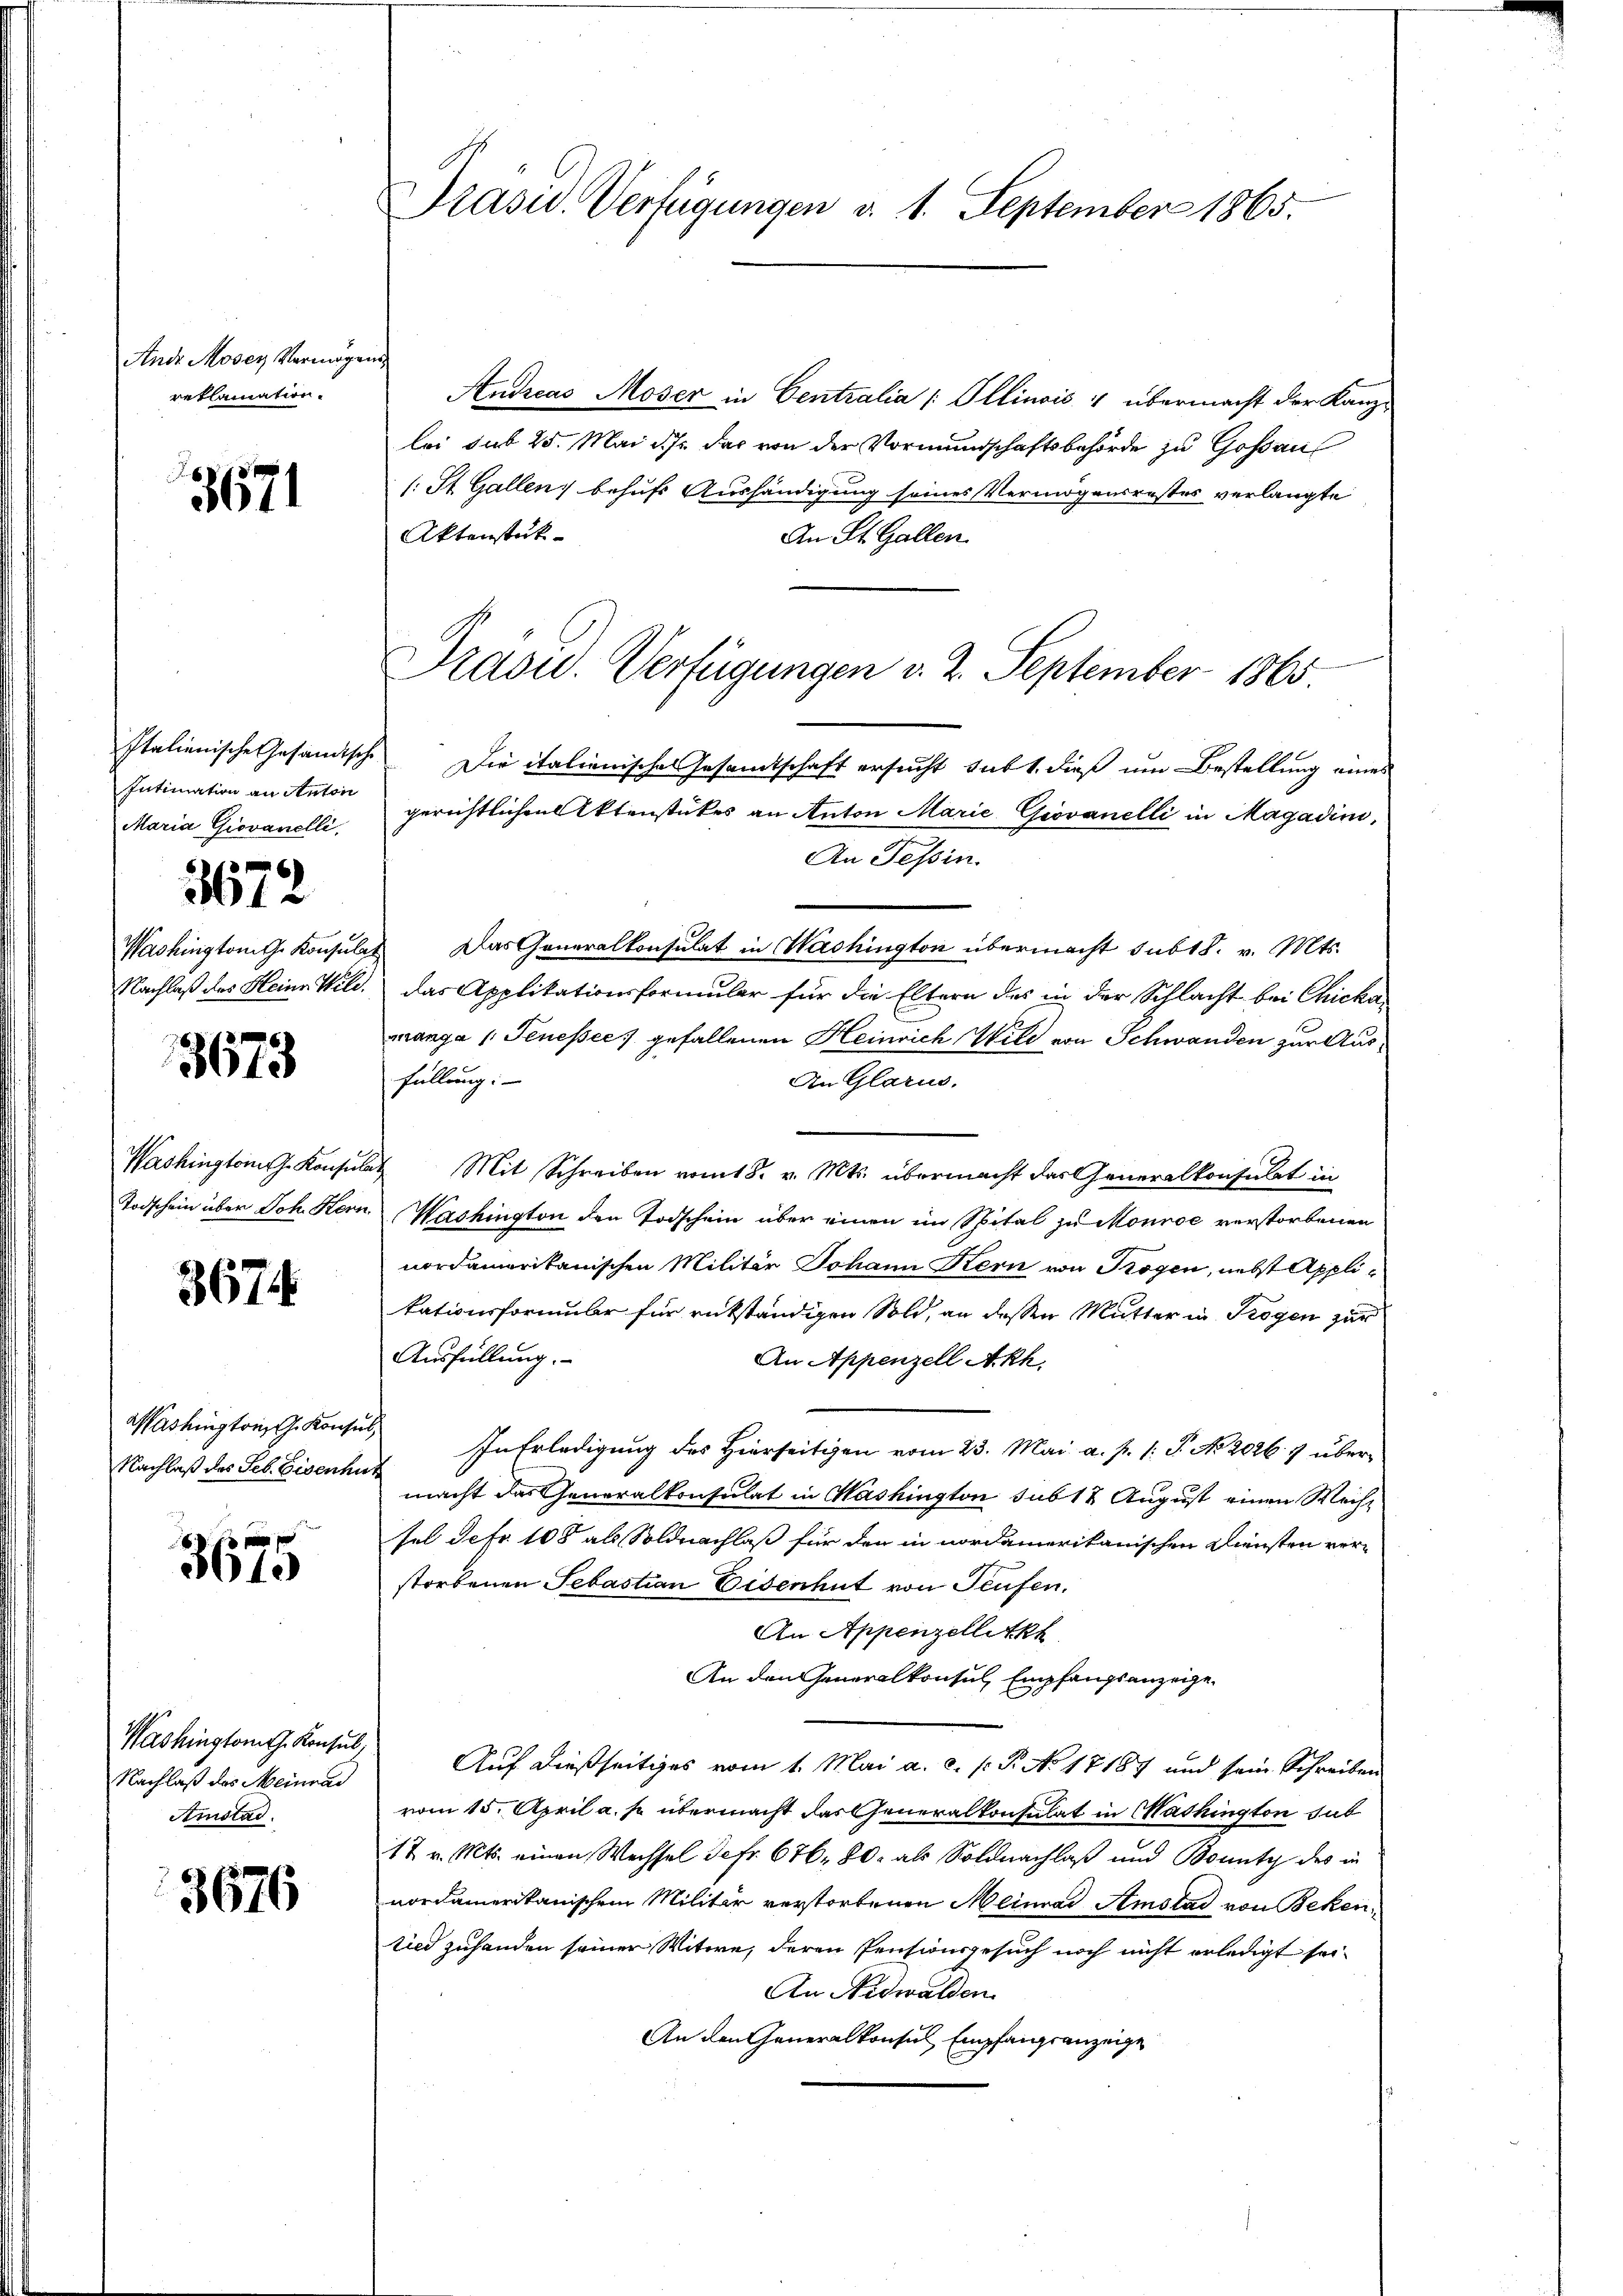
Ande Moser Vermögen
reklamation.

3671

Italienische Gesandtsche
Intimation an Anton
Maria Giovanelli,

3672

Washingtont. Konsula
Nachlaß des Heine Wile.

3673

Washington G. Konsul
Todschein über Joh. Hern

3674

Washington Konsin
Nachlaß des Seb. Eisenten

3675

Washington J. Konsul,
Nachlaß das Meinrad
Amstad

3676

Präsid. Verfügungen v. 1. September 1865.

Prasid. Verfügungen v. 2. September 1865

Andreas Moser in Centralia /: Illinois 4 übermacht der Kanzloi sub 25. Mai d.h. das von der Vormundschaftsbehörde zu Goßau
/. St. Gallen behufs Aushändigung seines Vermögensrestes verlangte
Aktenstük-
An St. Gallen
Die italienisches Gesamtschaft ersucht sub 1. dieß um Bestellung eines
gerichtlichen Aktenstückes an Anton Marie Giovanelli in Magadini,
An Tessin.
Das Generalkonsulat in Washington übermacht sub 18. v. Mts.
das Applikationsformular für die Eltern des in der Schlacht bei Chicka
manga (Tenessec gefallenen Heinrich Wild von Schwanden zur Ausfüllung:
An Glarus,
Mit Schreiben vom 18. v. Mts. übermacht das Generalkonsulat in
Washington den Todschein über einen im Spital zu Monnoe verstorbenen
nordamerikanischen Militär Johann Kern von Trogen, nebst Applitationsformular für rükständigen Sold, an dessen Mutter in Trogen zur
Ausfüllung.
An Appenzell Akk.
In Erledigung des Hierseitigen vom 23. Mai a. p. 1: P. No. 20267 übermacht das Generalkonsulat in Washington sub 18 August einen Wechsel Sefr. 108 als Soldnachlaß für den in nordamerikanischen Diensten verstorbenen Sebastian Eisenhut von Teufen,
An Appenzelletk
An den Generalkonsul, Empfangsanzeige¬
Auf dießseitiges vom 1. Mai a. c. s. S. No 17187 und sein Schreiben
vom 15. April a. p. übermacht das Generalkonsulat in Washington hab
17 v. Mts. einen Wechsel Jefr. 676. 80. als Soldnachlaß und Bounty des in
nordamerikanischem Militär verstorbenen Meinrad Amstad von Bekenlied zuhanden seiner Witwe, deren Pensionsgesuch noch nicht erledigt sei¬
An Nidwalden
An den Generalkonsul Empfangsanzeige